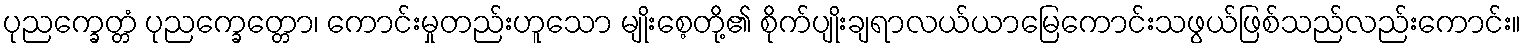
ပုညက္ခေတ္တံ ပုညက္ခေတ္တော၊ ကောင်းမှုတည်းဟူသော မျိုးစေ့တို့၏ စိုက်ပျိုးချရာလယ်ယာမြေကောင်းသဖွယ်ဖြစ်သည်လည်းကောင်း။